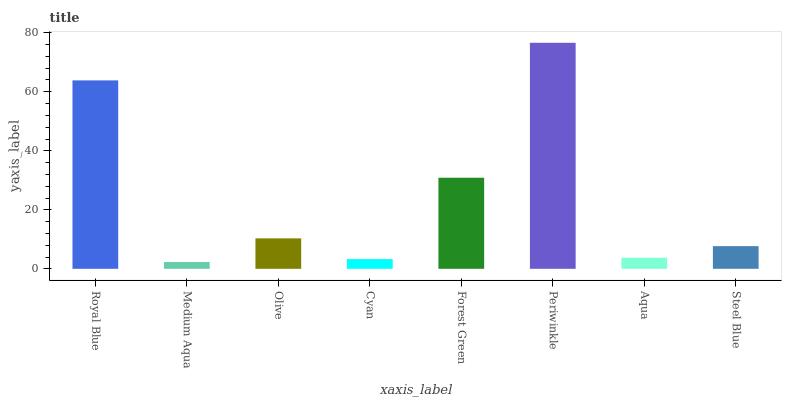
| xaxis_label | bars |
 | --- | --- |
 | Royal Blue | 63.9 |
 | Medium Aqua | 2.3 |
 | Olive | 10.3 |
 | Cyan | 3.3 |
 | Forest Green | 30.9 |
 | Periwinkle | 76.6 |
 | Aqua | 3.76 |
 | Steel Blue | 7.68 |